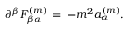
\partial ^ { \beta } F _ { \beta \alpha } ^ { ( m ) } \, = \, - m ^ { 2 } a _ { \alpha } ^ { ( m ) } .